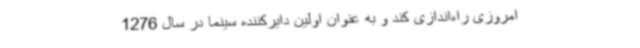
امروزی راه‌اندازی کند و به عنوان اولین دایرکننده سینما در سال 1276